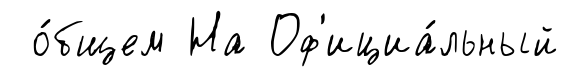
о́бщем На Оф'ициа́льный